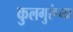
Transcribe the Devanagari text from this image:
कुलगुरूंच्या